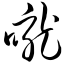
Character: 咙